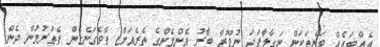
އެއްބައެއް ވަންތަކަން ނަގާލާފަދަ ނުފޫޒާ ބާރު އެންމެންގެ ތެރެއަށް ފާވެގަނެގެން ފެތުރުމުން ދެން